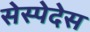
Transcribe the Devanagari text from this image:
सेस्पेदेस